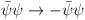
LaTeX: \begin{align*}\bar{\psi}\psi\to - \bar{\psi}\psi\end{align*}